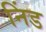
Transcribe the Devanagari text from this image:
निंड